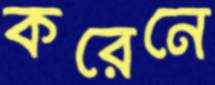
করেনে